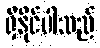
ရှိနိုင်ပါသည်